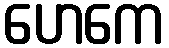
ဟေကေ